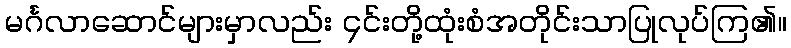
မင်္ဂလာဆောင်များမှာလည်း ၄င်းတို့ထုံးစံအတိုင်းသာပြုလုပ်ကြ၏။